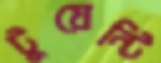
টুয়েন্টি